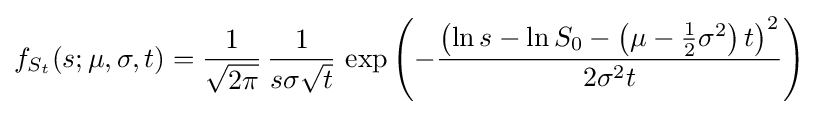
f_{S_{t}}(s;\mu ,\sigma ,t)={\frac {1}{\sqrt {2\pi }}}\,{\frac {1}{s\sigma {\sqrt {t}}}}\,\exp \left(-{\frac {\left(\ln s-\ln S_{0}-\left(\mu -{\frac {1}{2}}\sigma ^{2}\right)t\right)^{2}}{2\sigma ^{2}t}}\right)